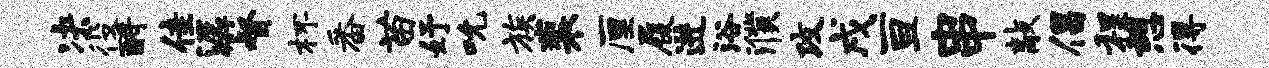
决役酹佳潺督杯番苗妤吮族裴厘履进浴濮攻戌亘串敲倡程憩得